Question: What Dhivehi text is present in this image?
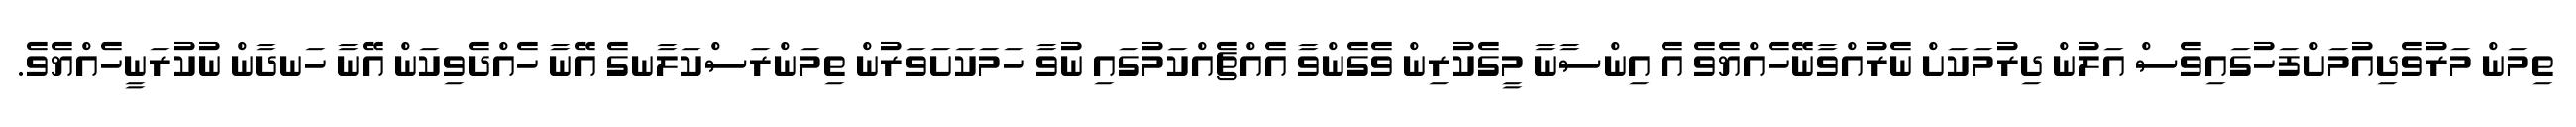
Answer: ތިމަން މަރުވެދިއުމަށްފަހުގައިވެސް އަލުން ދިރުމަކަށް ނެރުއްވާނޭހެއްޔެވެ އެ އިންސާނާ މީގެކުރިން ވެގެންވާ އެއްޗެއްކަމުގައި ނުވާ ހަމަކަށަވަރުން ތިމަންރަސްކަލާނގެ އޭނާ ހެއްދެވިކަން އޭނާ ހަނދާން ނުކުރަނީހެއްޔެވެ.